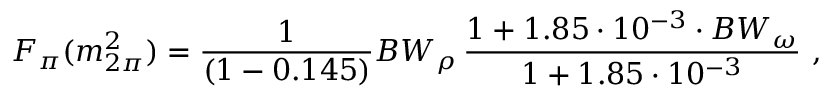
F _ { \pi } ( m _ { 2 \pi } ^ { 2 } ) = \frac { 1 } { ( 1 - 0 . 1 4 5 ) } B W _ { \rho } \, \frac { 1 + 1 . 8 5 \cdot 1 0 ^ { - 3 } \cdot B W _ { \omega } } { 1 + 1 . 8 5 \cdot 1 0 ^ { - 3 } } \ ,